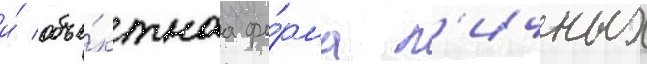
и́ объе́ктнаа фо́рма л'ичных